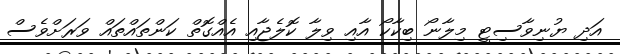
އަދި ޔުނިވާސިޓީ މިލާނޯ ބިކާކޯ އާއި ވިލާ ކޮލެޖާއި އެއްގޮތް ކަންތައްތައް ވަރަށްވެސް